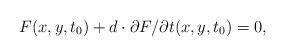
LaTeX: \begin{align*}F(x,y,t_{0})+ d\cdot \partial F/\partial t (x,y,t_{0})=0,\end{align*}